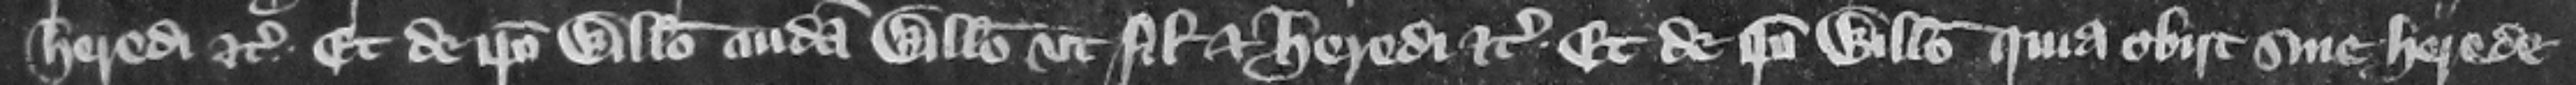
heredi etc. et de ipso Willelmo cuidam Willelmo vt filio et heredi etc. et de ipso Willelmo quia obit sine herede